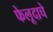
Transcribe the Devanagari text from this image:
फेलूदाचे